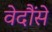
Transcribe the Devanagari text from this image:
वेदौंसे